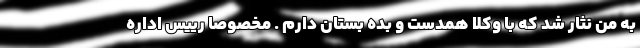
به من نثار شد که با وکلا همدست و بده بستان دارم . مخصوصا رییس اداره